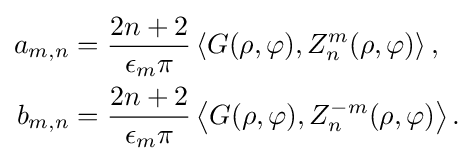
{\begin{aligned}a_{m,n}&={\frac {2n+2}{\epsilon _{m}\pi }}\left\langle G(\rho ,\varphi ),Z_{n}^{m}(\rho ,\varphi )\right\rangle ,\\b_{m,n}&={\frac {2n+2}{\epsilon _{m}\pi }}\left\langle G(\rho ,\varphi ),Z_{n}^{-m}(\rho ,\varphi )\right\rangle .\end{aligned}}